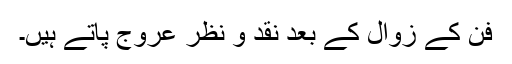
فن کے زوال کے بعد نقد و نظر عروج پاتے ہیں۔